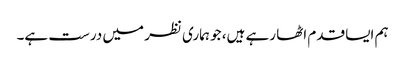
ہم ایسا قدم اٹھا رہے ہیں، جو ہماری نظر میں درست ہے۔